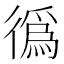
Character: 𢕷